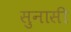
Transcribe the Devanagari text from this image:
सुनासी